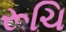
રૂચિ